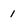
Character: 1